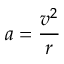
a = { \frac { v ^ { 2 } } { r } }